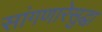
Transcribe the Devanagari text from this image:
सांगणारेसुद्धा